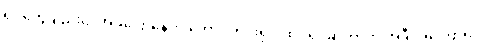
ရုပ်တွေချည်းပဲ၊ အခုပြောနေတဲ့ တောင့်တင်းရုပ် ထိုင်ရုပ်ဆိုတာက အဲဒီ အကြောရုပ်